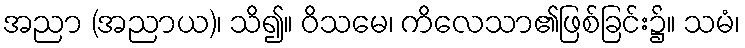
အညာ (အညာယ)၊ သိ၍။ ဝိသမေ၊ ကိလေသာ၏ဖြစ်ခြင်း၌။ သမံ၊